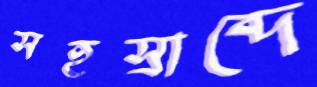
সহস্রাব্দে